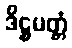
ဒိဋ္ဌမတ္တံ